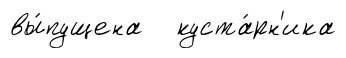
вы́пущена куста́рн'ика